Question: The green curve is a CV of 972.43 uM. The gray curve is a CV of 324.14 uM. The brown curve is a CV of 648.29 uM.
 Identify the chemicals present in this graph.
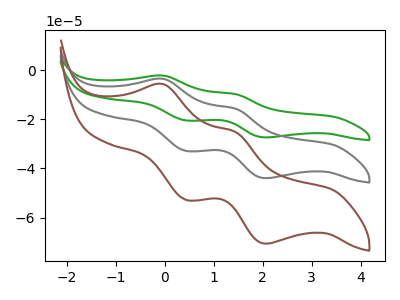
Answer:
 <answer>The green curve is labeled "972.43 uM". The gray curve is labeled "324.14 uM". The brown curve is labeled "648.29 uM".</answer>
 <eval></eval>